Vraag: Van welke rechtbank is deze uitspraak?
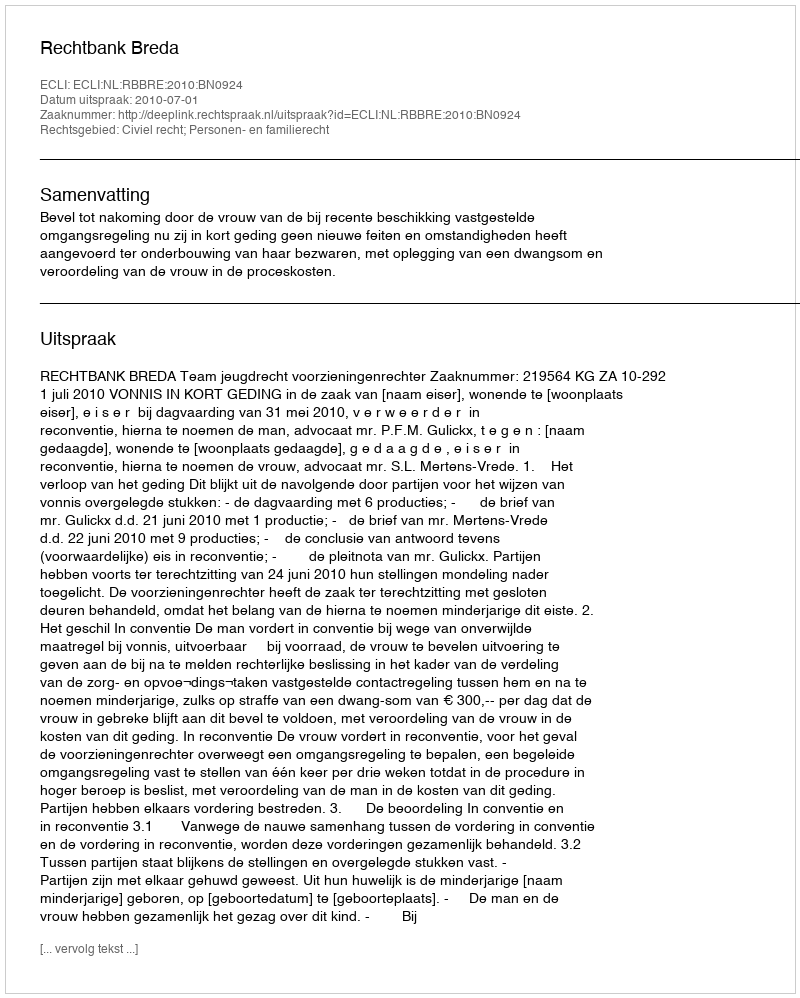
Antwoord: Rechtbank Breda